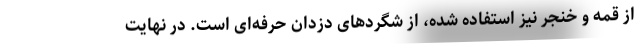
از قمه و خنجر نیز استفاده شده، از شگرد‌های دزدان حرفه‌ای است. در نهایت